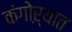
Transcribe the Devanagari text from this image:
कंगोऱ्यात